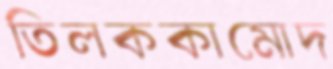
তিলককামোদ